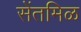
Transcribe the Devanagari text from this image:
सेंतमिळ